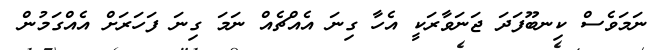
ނަމަވެސް ކިނބޫފަދަ ޖަނަވާރަކީ އެހާ ގިނަ އެއްޗެއް ނަމަ ގިނަ ފަހަރަށް އެއްގަމުން